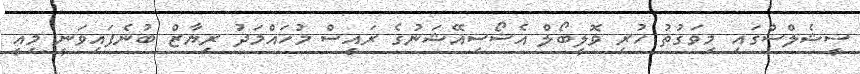
ސީޝެލްސްގައި މިވަގުތު ހުރި ވޮލީބޯލް އެސޯސިއޭޝަނުގެ ރައީސް މުހައްމަދު ރިޔާޒް ބުނެފައިވަނީ މިއީ